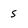
Character: 5